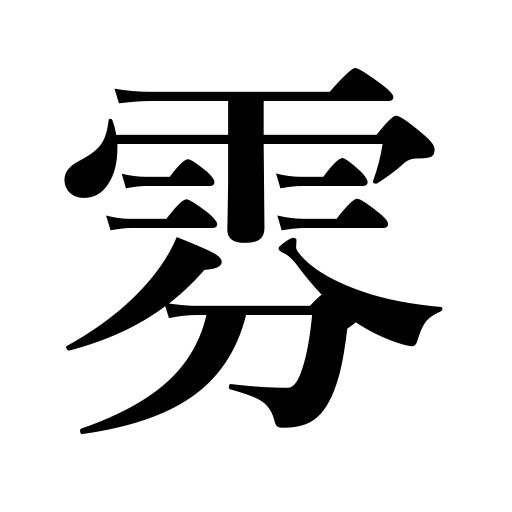
Meanings: fog